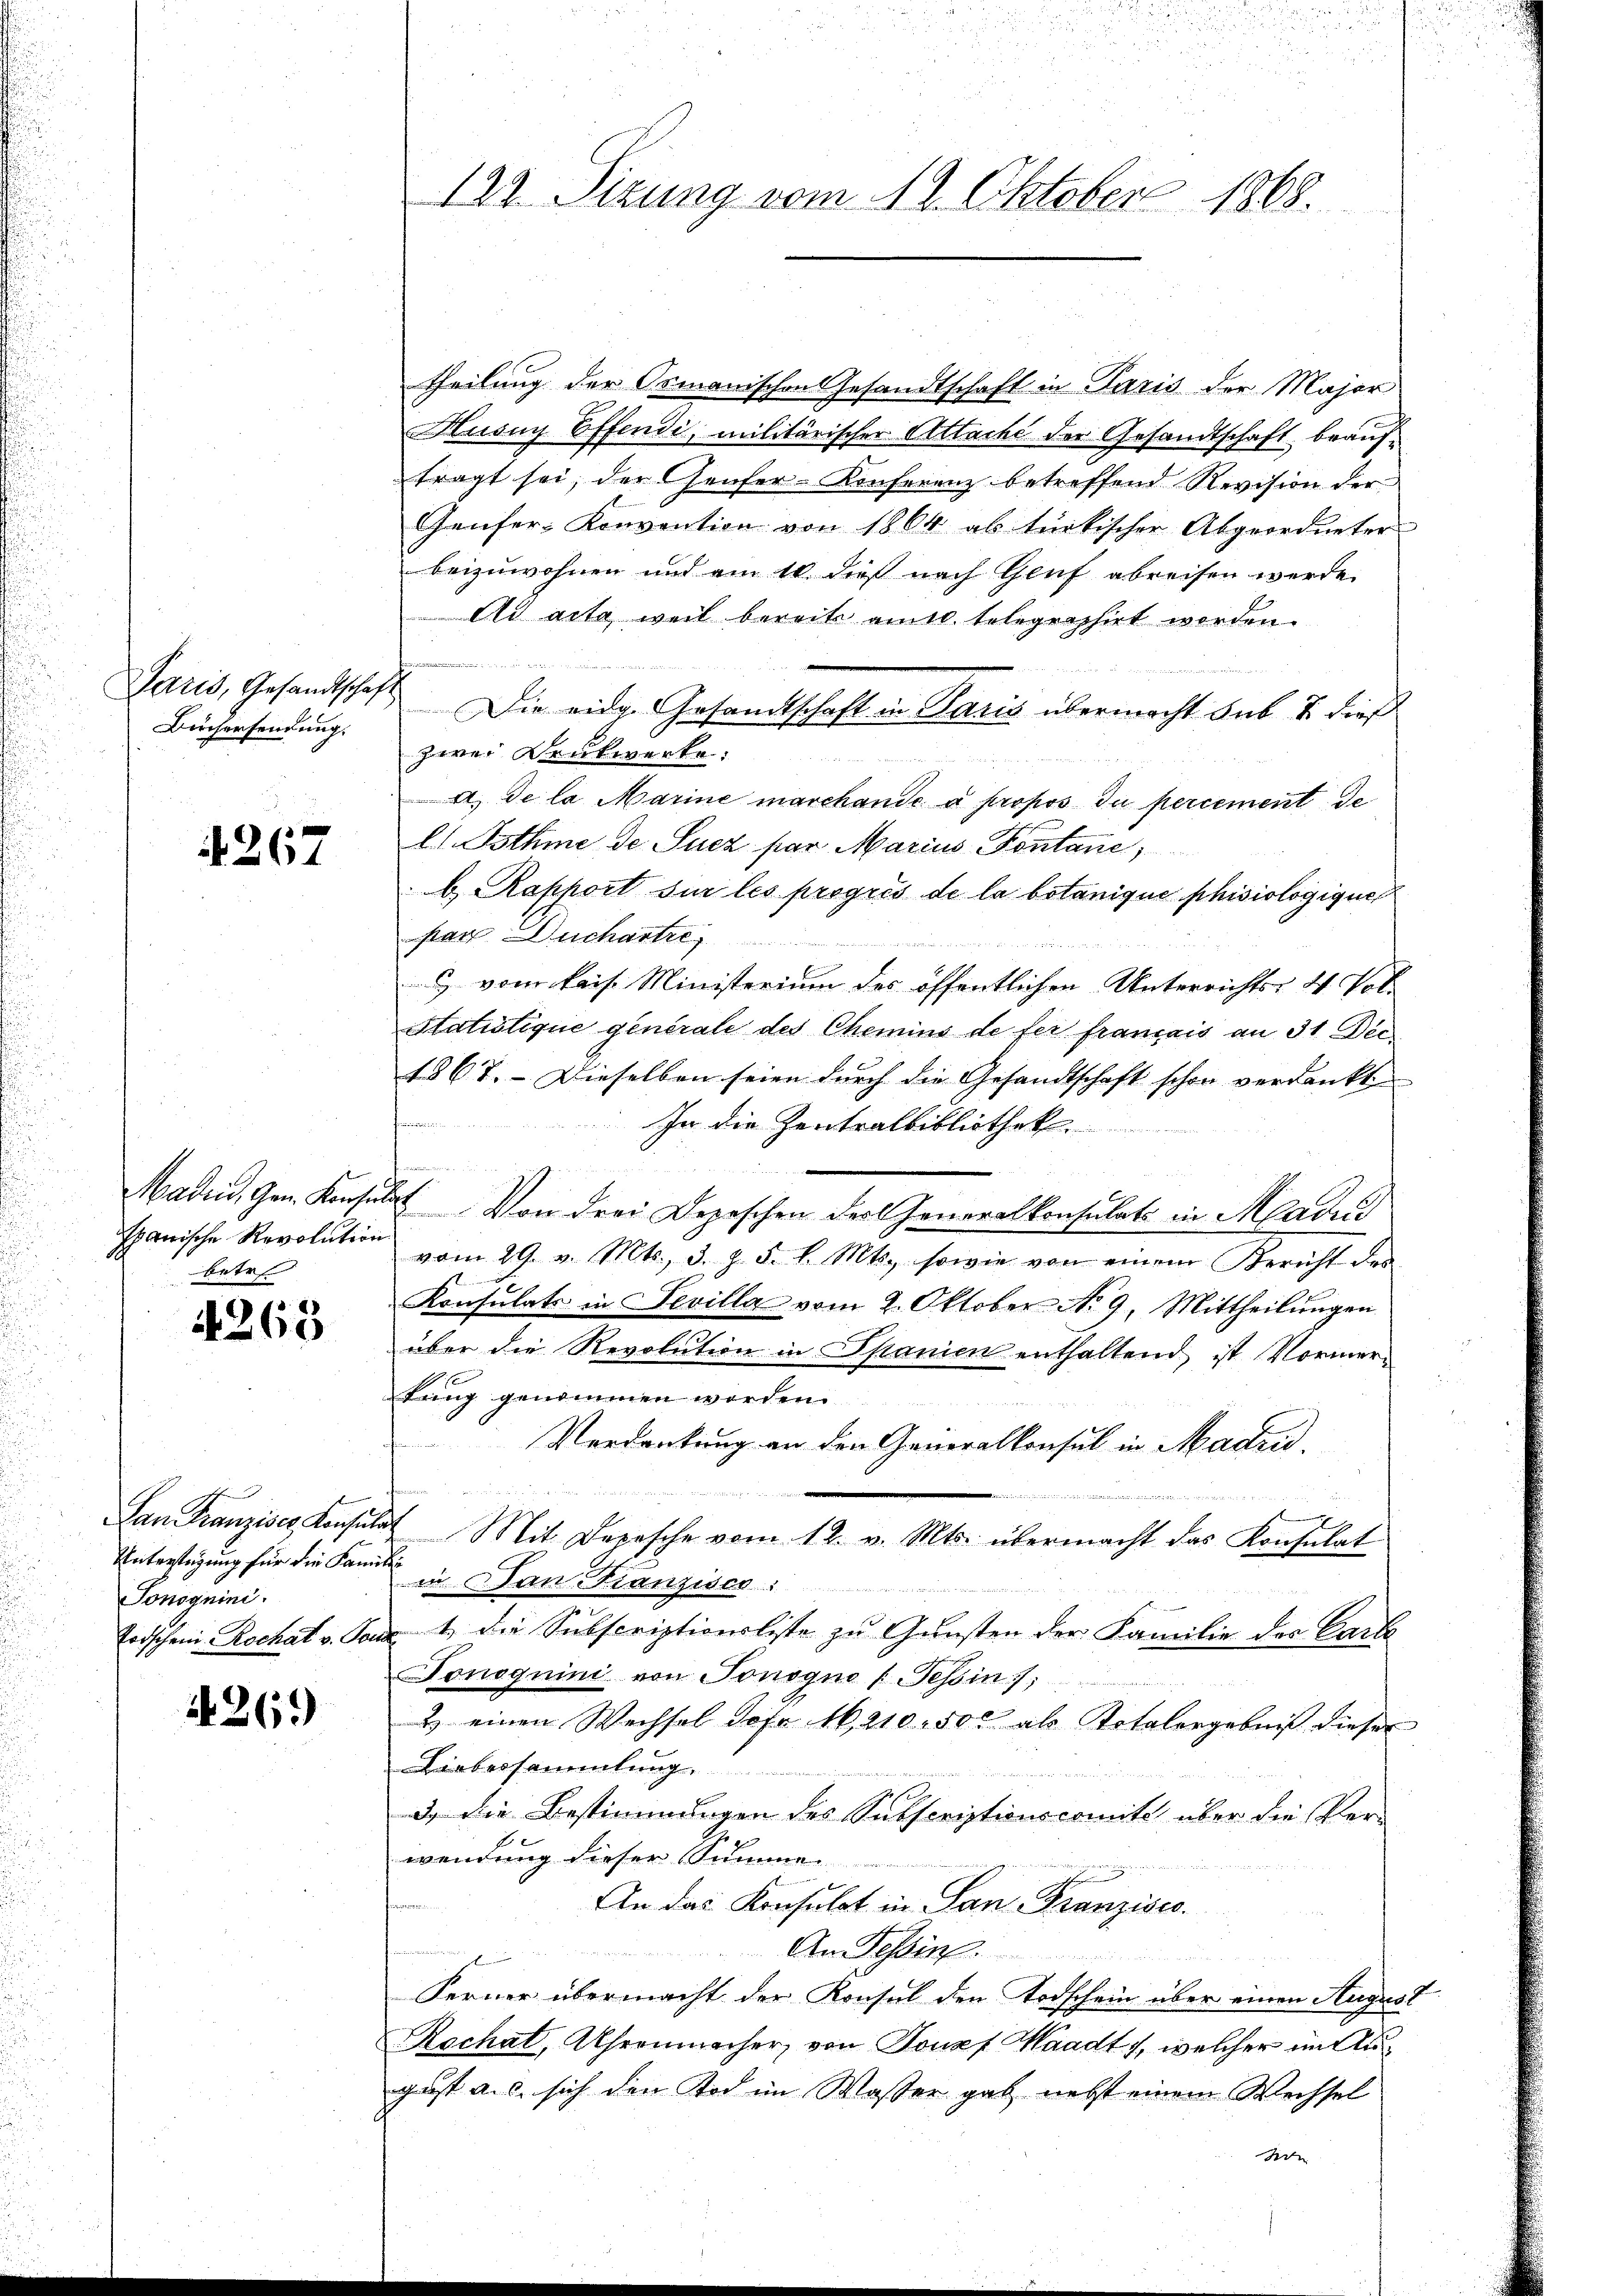
Paris, Gesandtschaft
Büchersendung.

4267

betr

4268

Untersteigung für die Famili
Tonoguini.

4269

122. Sizung vom 19. Oktober 1868.

theilung der Osmanischen Gesandtschaft in Paris der Major
Huony Effendi, militärischer Attaché der Gesandtschaft beauftragt sei, der Genfer-Konferenz betreffend Revision der
Genfer- Konvention von 1864 ab türkischer Abgeordneter
beizuwohnen und am 10. dieß nach Genf abreisen werde.
Ad acta weil bereits amtl. telegraphirt worden.

Die eidg. Gesandtschaft in Paris übermacht sub & dies
zwei Druckwerke.
 de la Marine marchande à propos du percement de
ls. Isthme de Sucz par Marius Pontane,
b Raphort sur les progrés de la botanique phisiologiquer
par Duchartre
 vom kais. Ministerium der öffentlichen Unterrichts- & Pol
Statistique generale des Chemins de fer français an 31 Dec
1867. - Dieselben seien durch die Gesandtschaft schon verdankte
w und
In die Zentralbibliothek
Madin, Gem. Konsulat Von drei Depeschen der Generalkonsulats in Aadud
hanische Revolution vom 29. v. Mts. 3. Z. 5. d. Mts. sowie von einem Bericht des
Konsulats in Sevilla vom 2. Oktober No. 9. Mittheilŭngen
über die Revolution in Spanien enthaltend ist Vormertung genommen worden.
Verdankung an den Generalkonsul in Madrid.
Lan Franzisch Konsulat Mit Depesche vom 12. v. Mts. übermacht das Konsulat
in Dan Franzises:
Todschen Rochat v. Tanz. 4. die Subscriptionsliste zu Gunsten der Familie des Carls
Jonoquini von Tonogno (Tessin 7
2 einen Wechsel Jofr 16210. 500 als Totalergebnis dieser
Laabersammlung.
3.) Die Bestimmungen des Subscriptionscomite über die Ver-
wendung dieser Summe
An das Konsulat in Lan-Franzisco
An Tessin.
Ferner übermacht der Konsul den Todschein über einen August
Rochat, Uhrenmacher, von Josef Waadt, welcher im August a. c. sich den Tod im Wasser gab nebst einem Wechsel
S